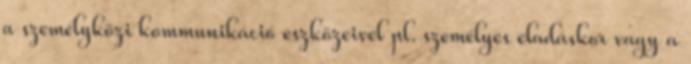
a személyközi kommunikáció eszközeivel pl. személyes eladáskor vagy a